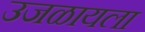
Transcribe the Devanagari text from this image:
उजळायला